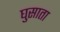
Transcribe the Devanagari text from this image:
घुसाता